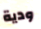
ودية